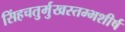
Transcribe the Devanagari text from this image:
सिंहचतुर्मुखस्तम्भशीर्ष